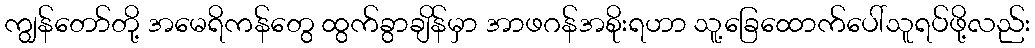
ကျွန်တော်တို့ အမေရိကန်တွေ ထွက်ခွာချိန်မှာ အာဖဂန်အစိုးရဟာ သူ့ခြေထောက်ပေါ်သူရပ်ဖို့လည်း